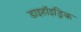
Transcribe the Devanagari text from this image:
डाइहॉइड्रिक